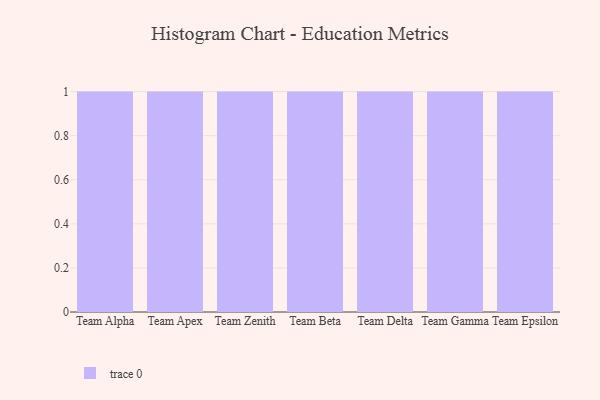
{"axis": {"x": "Team", "y": "Gross Profit (USD K)"}, "legend": [""], "data": [{"x": "Team Alpha", "y": 57, "type": ""}, {"x": "Team Apex", "y": 37, "type": ""}, {"x": "Team Zenith", "y": 10, "type": ""}, {"x": "Team Beta", "y": 26, "type": ""}, {"x": "Team Delta", "y": 71, "type": ""}, {"x": "Team Gamma", "y": 25, "type": ""}, {"x": "Team Epsilon", "y": 75, "type": ""}]}